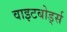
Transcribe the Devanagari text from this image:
वाइटबोर्ड्स